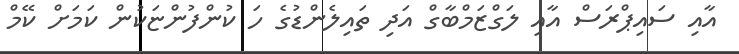
އާއި ސައިޕްރަސް އާއި ލަގްޒަމްބާގް އަދި ތައިލެންޑުގެ ހަ ކުންފުންޏަކުން ކަމަށް ކޭމް